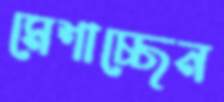
মেশাচ্ছেন